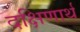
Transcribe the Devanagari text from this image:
दक्षिणार्थ